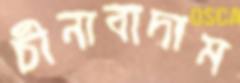
চীনাবাদাম